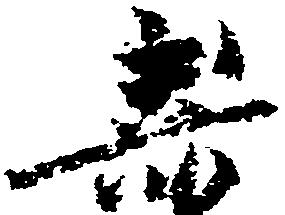
嘉